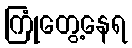
ကြုံတွေ့နေရ